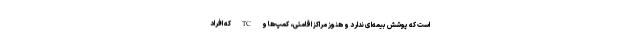
است که پوشش بیمه‌ای ندارد و هنوز مراکز اقامتی، کمپ‌ها و TC که افراد